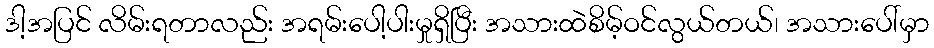
ဒါ့အပြင် လိမ်းရတာလည်း အရမ်းပေါ့ပါးမှုရှိပြီး အသားထဲစိမ့်ဝင်လွယ်တယ်၊ အသားပေါ်မှာ